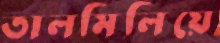
তালমিলিয়ে